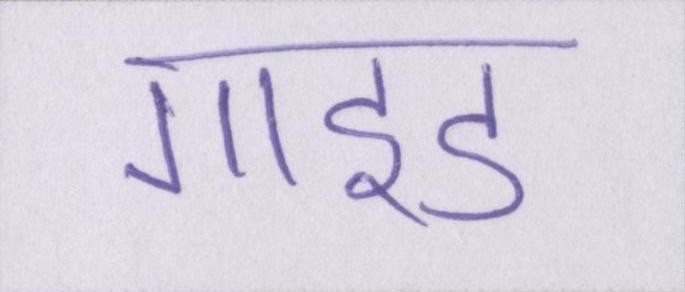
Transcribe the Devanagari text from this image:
गाइड